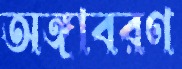
অঙ্গাবরণ